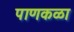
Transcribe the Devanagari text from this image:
पाणकळा